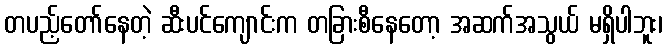
တပည့်တော်နေတဲ့ ဆီးပင်ကျောင်းက တခြားစီနေတော့ အဆက်အသွယ် မရှိပါဘူး၊